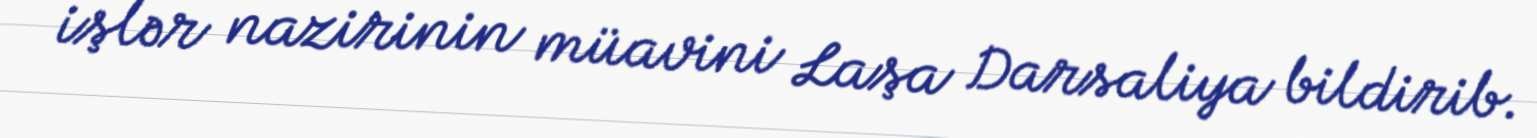
işlər nazirinin müavini Laşa Darsaliya bildirib.